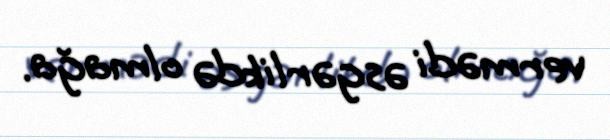
vermədi əsgərlikdə olmağa.